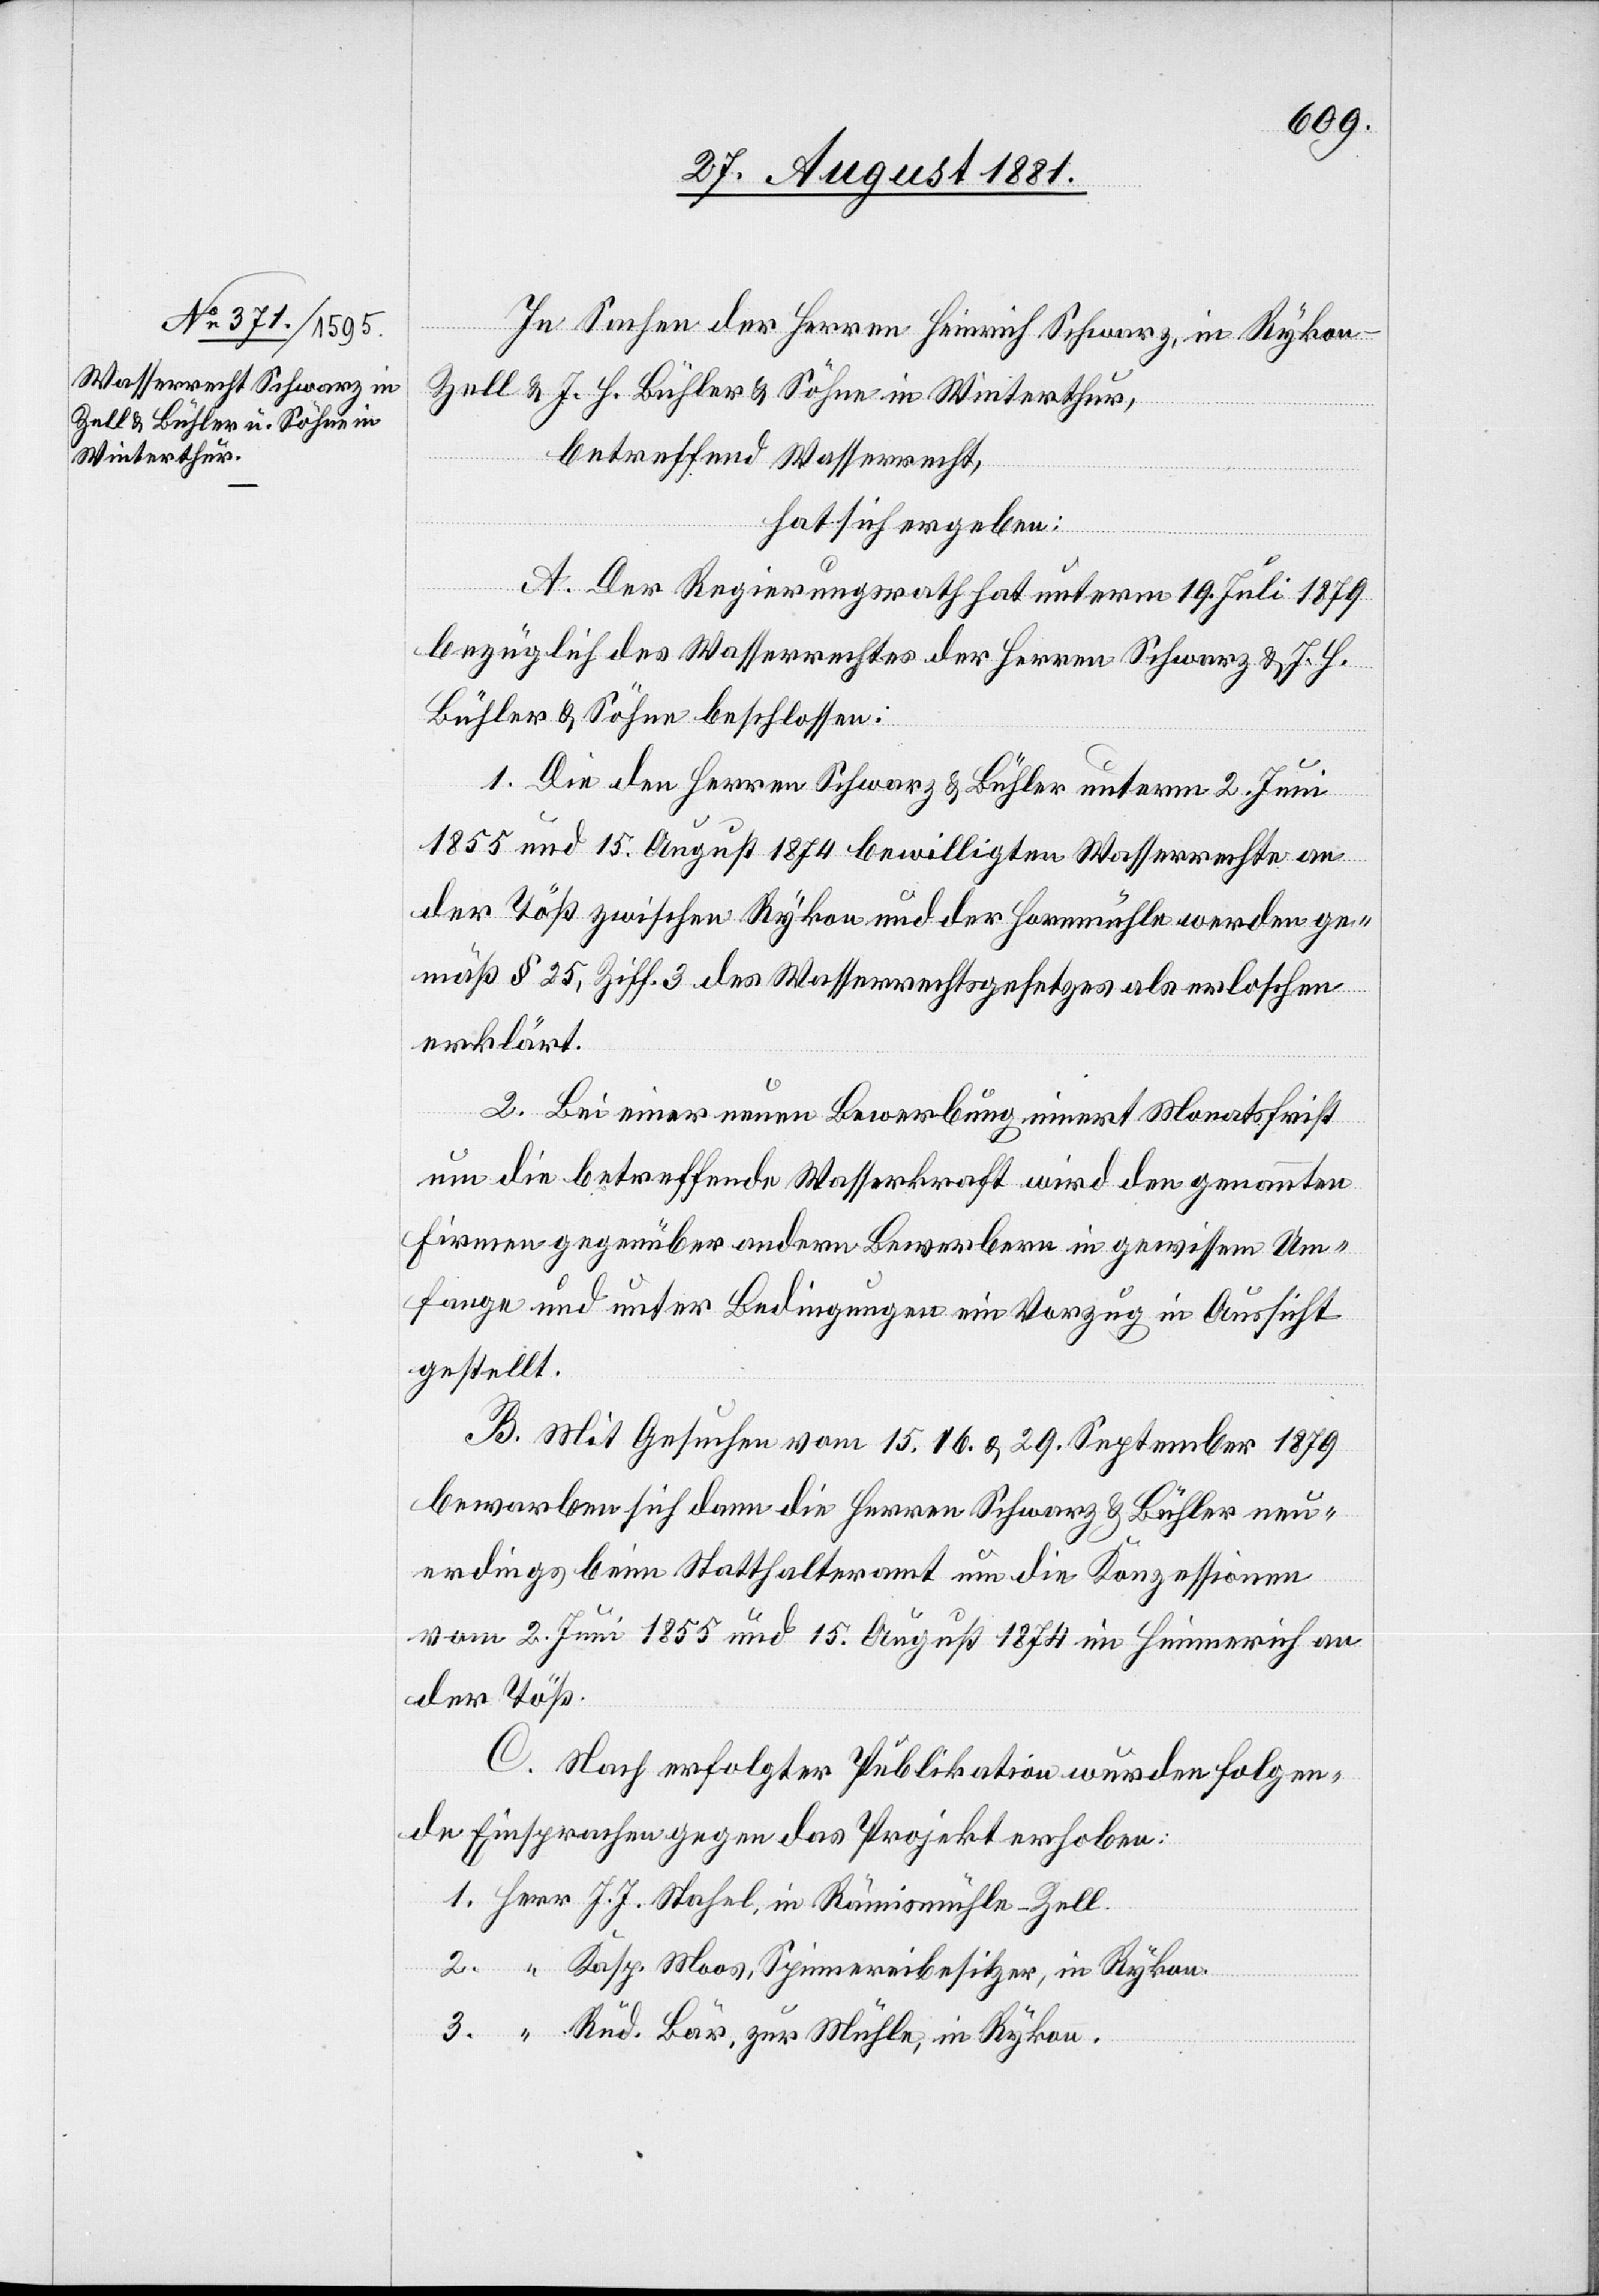
In Sachen der Herren Heinrich Schwarz, in Rykon
Zell & J. H. Bühler & Söhne in Winterthur,
betreffend Wasserrecht,
hat sich ergeben:
1.
3.
A. Der Regierungsrath hat unterm 19. Juli 1879
bezüglich des Wasserrechtes der Herren Schwarz & J. H.
Bühler & Söhne beschlossen:
1. Die den Herren Schwarz & Bühler unterm 2. Juni
1855 und 15. August 1874 bewilligten Wasserrechte an
der Töß zwischen Rykon und der Hornmühle werden ge¬
mäß § 25, Ziff. 3 des Wasserrechtsgesetzes als erloschen
erklärt.
2. Bei einer neuen Bewerbung innert Monatsfrist
um die betreffende Wasserkraft wird den genannten
Firmen gegenüber andern Bewerbern in gewissem Um¬
fange und unter Bedingungen ein Vorzug in Aussicht
gestellt.
B. Mit Gesuchen vom 15.[,] 16. & 29. September 1879
bewarben sich dann die Herren Schwarz & Bühler neu¬
erdings beim Statthalteramt um die Konzessionen
vom 2. Juni 1855 und 15. August 1874 im Himmerich an
der Töß.
C. Nach erfolgter Publikation wurden folgen¬
de Einsprachen gegen das Projekt erhoben:
J. J. Stahel, in Rämismühle - Zell.
Kasp. Moos, Spinnereibesitzer, in Rykon.
Rud. Bär, zur Mühle, in Rykon.